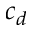
c _ { d }